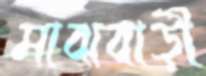
মাঝবাড়ী